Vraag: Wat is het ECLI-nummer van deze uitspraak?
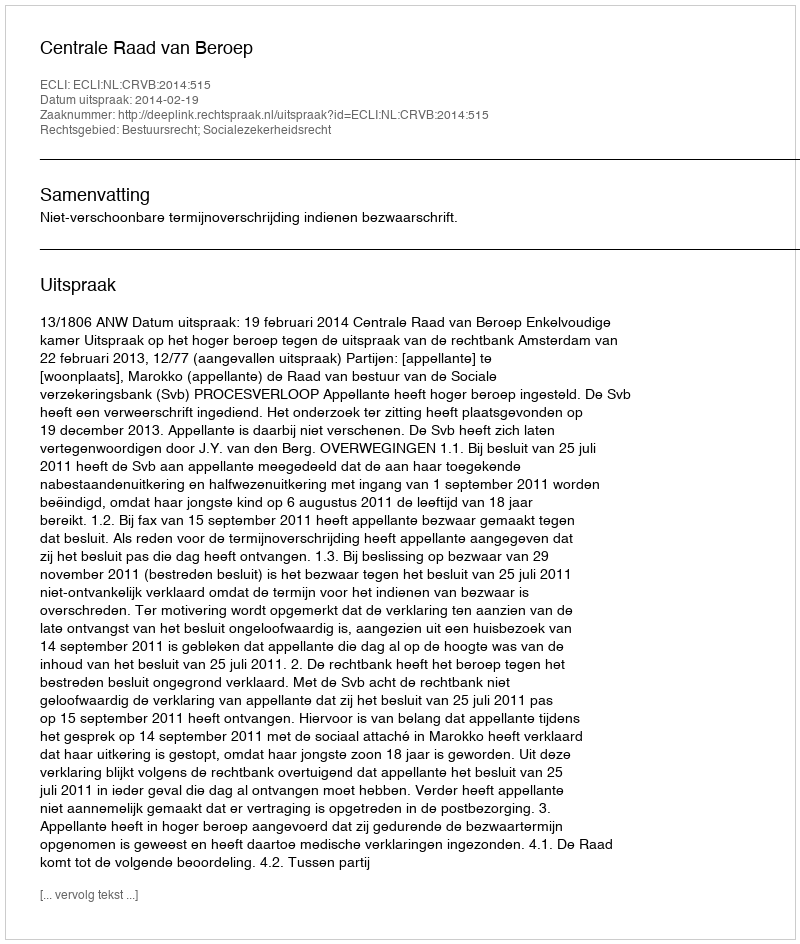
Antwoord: ECLI:NL:CRVB:2014:515